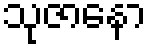
သုဇာနော